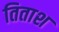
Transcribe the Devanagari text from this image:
तिताश